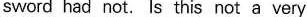
sword had not. Is this not a very